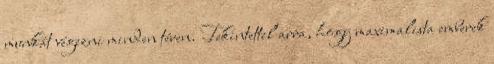
munkát végezni minden téren. Tekintettel arra, hogy maximalista emberek